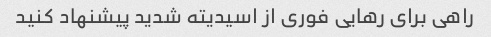
راهی برای رهایی فوری از اسیدیته شدید پیشنهاد کنید